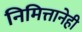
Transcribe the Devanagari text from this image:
निमित्तानेही